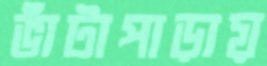
ভাঁটাপাড়ায়